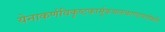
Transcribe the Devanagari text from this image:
येनाकर्णविकृष्टकार्मूकचलत्काण्डावलीकर्ति